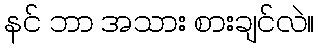
နင် ဘာ အသား စားချင်လဲ။